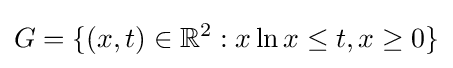
G=\{(x,t)\in \mathbb {R} ^{2}:x\ln x\leq t,x\geq 0\}